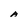
Character: A